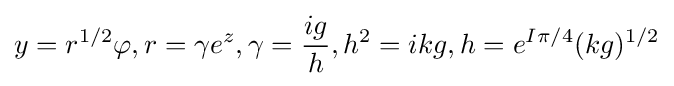
y=r^{1/2}\varphi ,r=\gamma e^{z},\gamma ={\frac {ig}{h}},h^{2}=ikg,h=e^{I\pi /4}(kg)^{1/2}